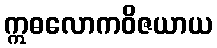
ဣဓလောကဝိဇယာယ